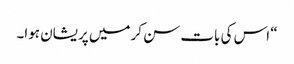
“ اس کی بات سن کر میں پریشان ہوا۔